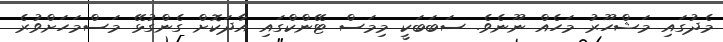
މެދުގައި މަޝްހޫރު މަހެއް ނޫނެވެ. ސަބަބަކީ މިމަސް ޓޭންކްގައި އާދަކޮށް ގެންގުޅޭ މަސްމަހަށްވުރެ